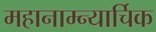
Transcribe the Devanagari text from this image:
महानाम्न्यार्चिक